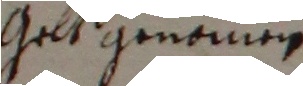
Gelt genomen